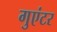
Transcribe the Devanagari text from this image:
गुएंटर